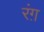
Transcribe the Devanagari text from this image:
रंग़